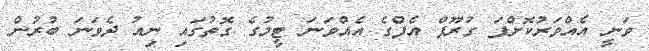
ވަނީ އެއްވަރުކޮށްފަ ގުރޫޕް އެފްގެ އެއްވަނަ ޓީމުގެ ގޮތުގައި ނިއު ދެވަނަ ބުރުން